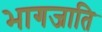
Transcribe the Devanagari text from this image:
भागजाति